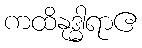
ကထိနုဒ္ဓါရာဧ